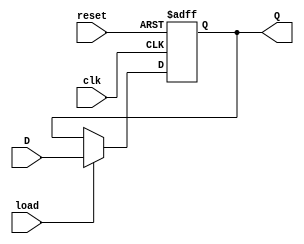
`timescale 1ns / 1ps
//***************************************************************//
//                                                               //
// Created by       Jesus Franco                                 //
// Copyright  2020 Jesus Franco on 09/23/2019 12:51:39 PM       //
//                                                               //
//                                                               //
// In submitting this file for class work at CSULB               //
// I am confirming that this is my work and the work             //
// of no one else. In submitting this code I acknowledge that    //
// plagiarism in student project work is subject to dismissal.   //
// from the class                                                //
// Dependencies:                                                 //
//***************************************************************//

module loadReg_16bit(
    input clk,          // 100MHz clock
    input reset,        // Asynchronous reset with synchronous de-assertion
    input load,         // load enable for flop
    input [15:0] D,     // holding value
    output reg [15:0] Q // output value
    );
    
    // Sequential logic
    always@(posedge clk, posedge reset)
        if(reset)       // if reset
            Q <= 16'b0; // Q <= 0
        else if(load)   // else if load
            Q <= D;     // Q <= D
        else            // else
            Q <= Q;     // Q <= Q
            
endmodule